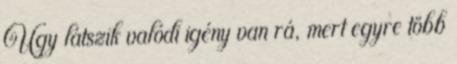
Úgy látszik valódi igény van rá, mert egyre több